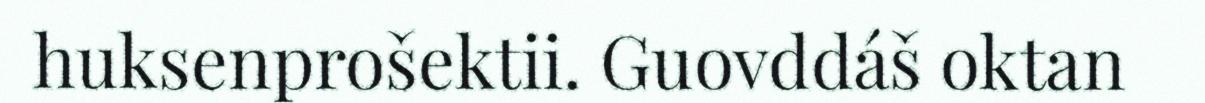
huksenprošektii. Guovddáš oktan